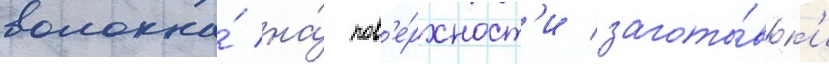
волокна́ на́ пов'е́рхност'и загото́вк'и